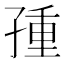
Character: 𡥿